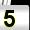
Digit: 5